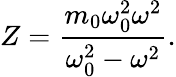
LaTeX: Z=\frac{m_{0}\omega_{0}^{2}\omega^{2}}{\omega_{0}^{2}-\omega^{2}}.